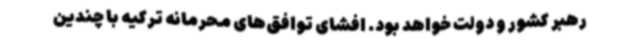
رهبر کشور و دولت خواهد بود. افشای توافق‌های محرمانه ترکیه با چندین